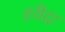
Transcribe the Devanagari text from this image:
हरौदा